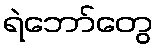
ရဲဘော်တွေ